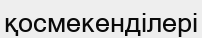
қосмекенділері